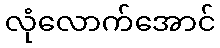
လုံလောက်အောင်